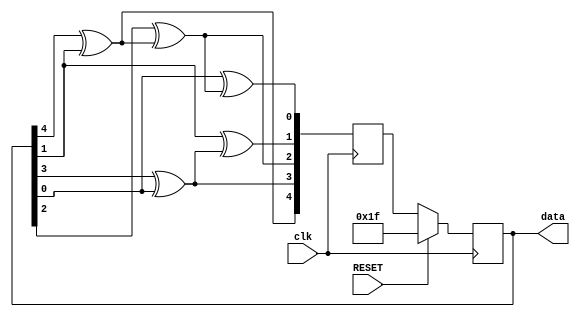
`timescale 1ns / 1ps
module Random(
    input clk,
    input RESET,
    output reg [4:0] data
    );

    reg [4:0] data_next;

    always @(posedge clk) begin
        data_next[4] = data[4]^data[1];
        data_next[3] = data[3]^data[0];
        data_next[2] = data[2]^data_next[4];
        data_next[1] = data[1]^data_next[3];
        data_next[0] = data[0]^data_next[2];
    end

    always @(posedge clk)
        if(RESET)
            data <= 5'h1f;
        else
            data <= data_next;

endmodule